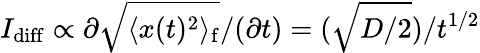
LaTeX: I_{\mathrm{diff}}\propto\partial\sqrt{\langle x(t)^{2}\rangle_{\mathrm{f}}}/(\partial t)=(\sqrt{D/2})/t^{1/2}